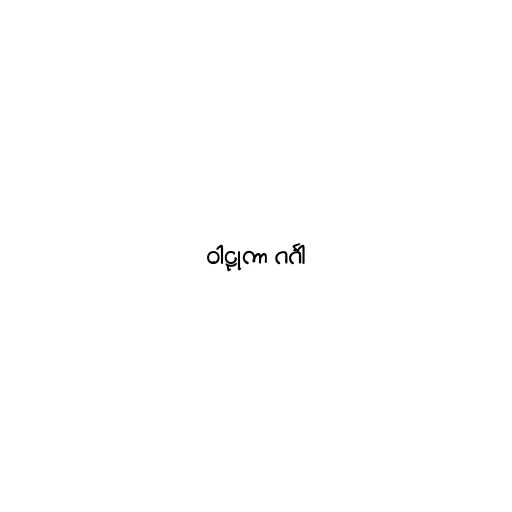
ဝါဠုကာ ဂင်္ဂါ